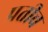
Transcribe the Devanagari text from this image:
प्रतीच